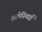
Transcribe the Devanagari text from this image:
तस्मेनियाई